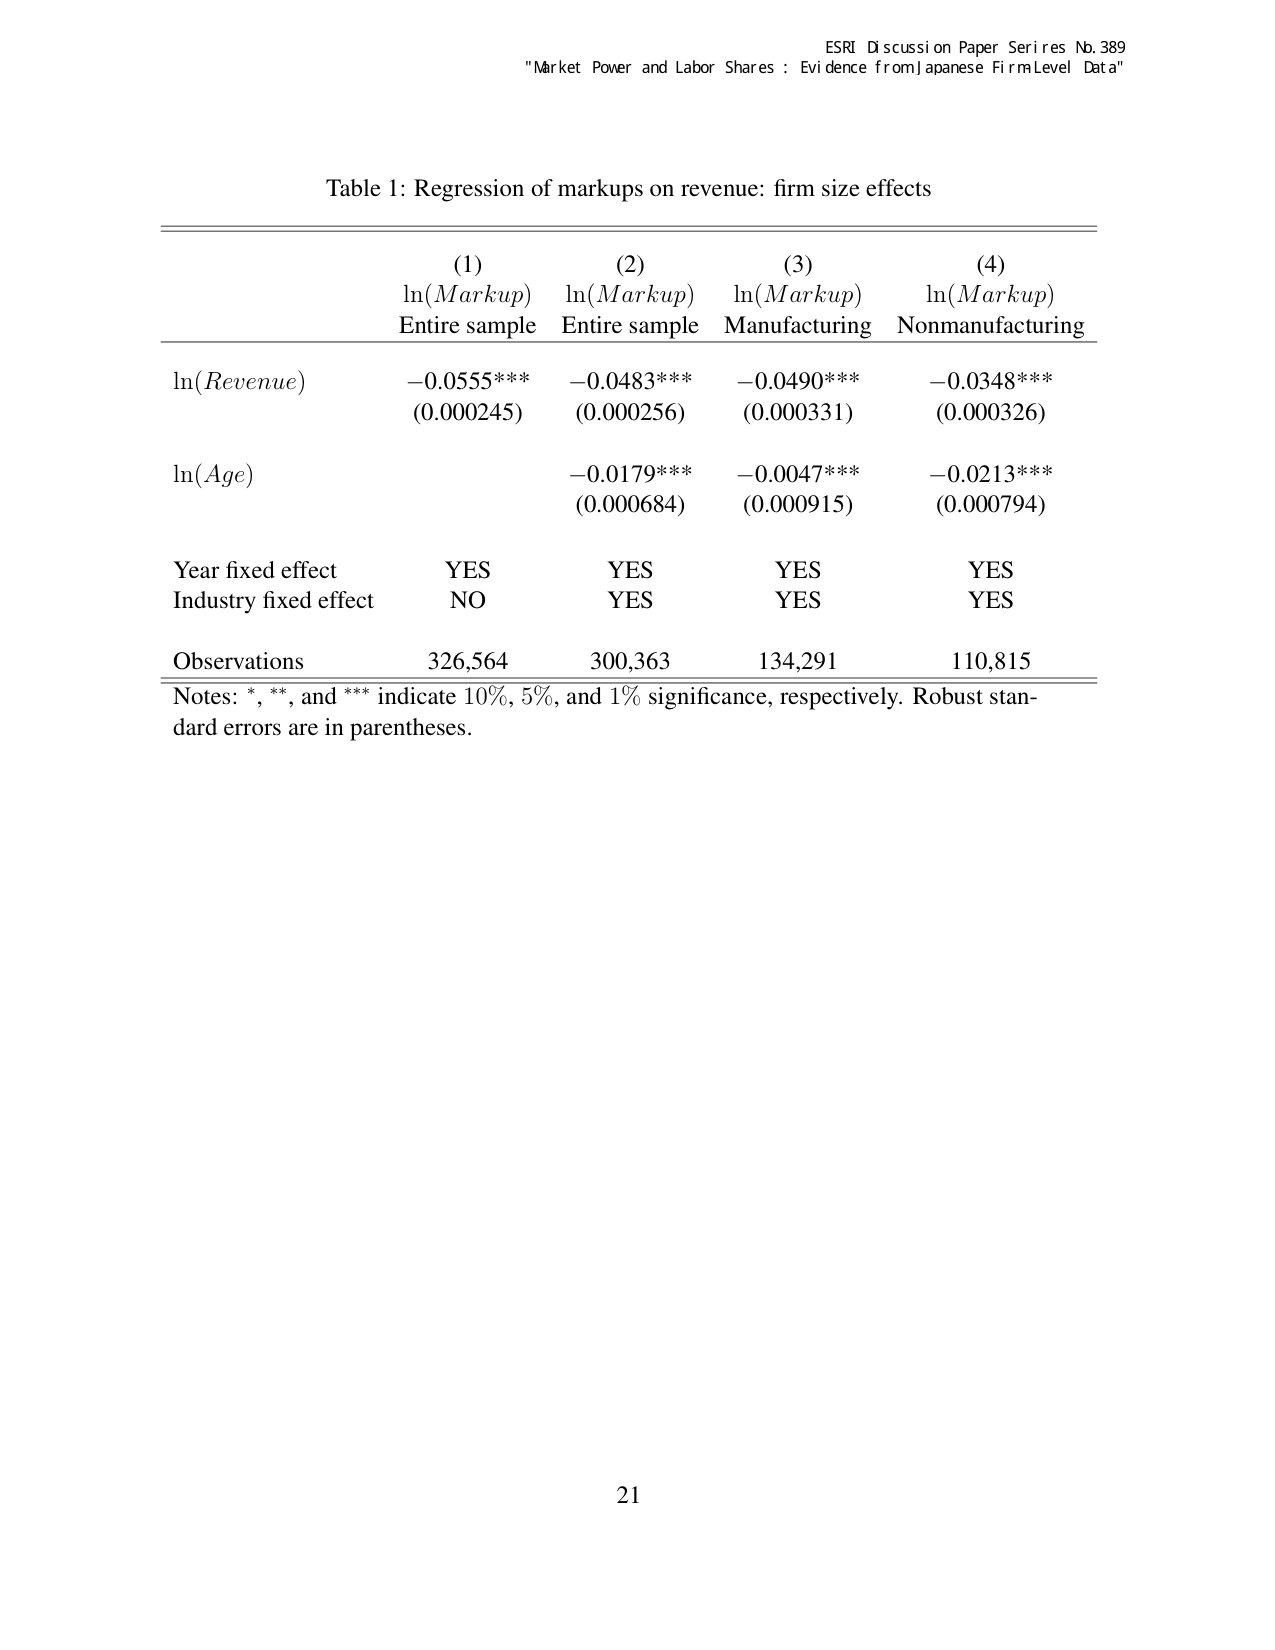
ESRI Discussion Paper Series No. 389
"Market Power and Labor Shares: Evidence from Japanese Firm Level Data"

Table 1: Regression of markups on revenue: firm size effects

(1)             (2)             (3)             (4)
ln(Markup)      ln(Markup)      ln(Markup)      ln(Markup)
Entire sample   Entire sample   Manufacturing   Nonmanufacturing

ln(Revenue)     -0.0555***      -0.0483***      -0.0490***      -0.0348***
                (0.000245)      (0.000256)      (0.000331)      (0.000326)

ln(Age)         -0.0179***      -0.0047***      -0.0213***
                (0.000684)      (0.000915)      (0.000794)

Year fixed effect   YES           YES             YES             YES
Industry fixed effect NO            YES             YES             YES

Observations    326,564         300,363         134,291         110,815

Notes: *, **, and *** indicate 10%, 5%, and 1% significance, respectively. Robust standard errors are in parentheses.

21